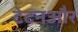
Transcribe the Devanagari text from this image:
टेटनऔर